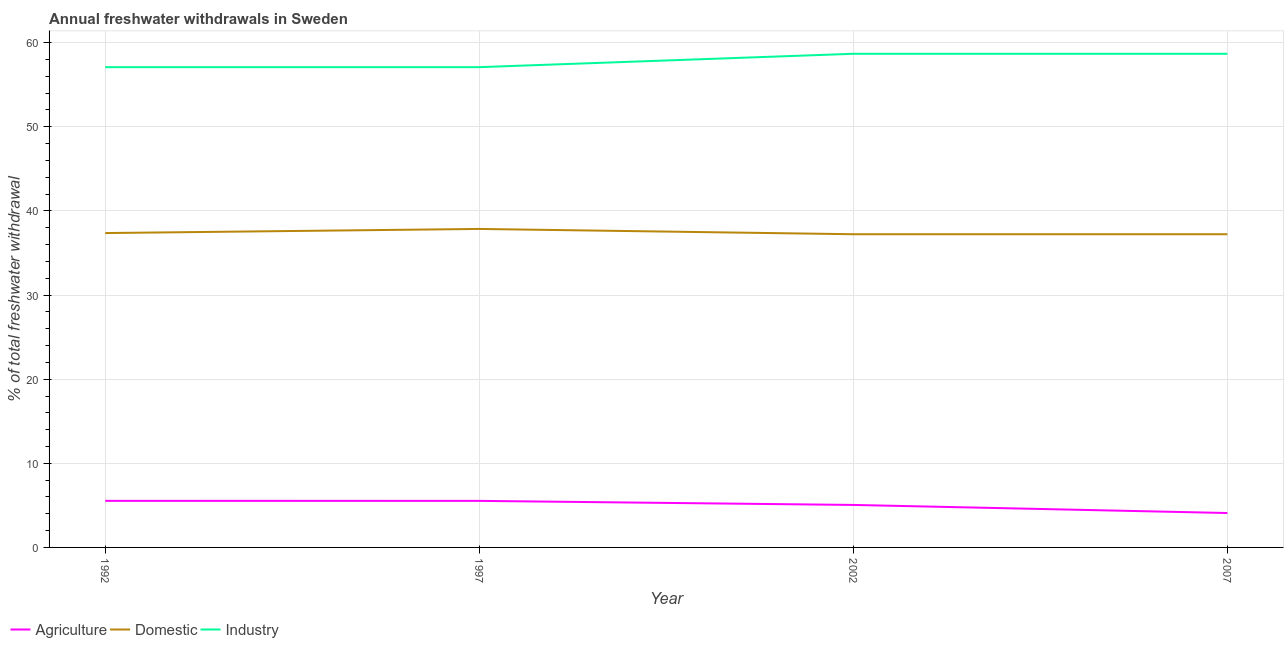
| Year | Agriculture | Domestic | Industry |
 | --- | --- | --- | --- |
 | 1992 | 5.54 | 37.4 | 57.1 |
 | 1997 | 5.53 | 37.9 | 57.1 |
 | 2002 | 5.05 | 37.2 | 58.7 |
 | 2007 | 4.09 | 37.2 | 58.7 |